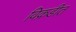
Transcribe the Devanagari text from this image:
विक्रडीत